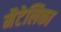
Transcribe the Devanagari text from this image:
मैटेलिका